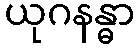
ယုဂနန္ဓာ